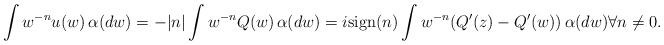
LaTeX: \begin{align*}\int w^{-n}u(w)\,\alpha(dw)=-|n|\int w^{-n}Q(w)\,\alpha(dw)=i\mathrm{sign}(n)\int w^{-n}(Q'(z)-Q'(w))\,\alpha(dw)\forall n\ne 0.\end{align*}